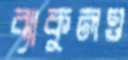
ব্যাকুলও